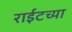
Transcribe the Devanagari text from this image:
राईटच्या